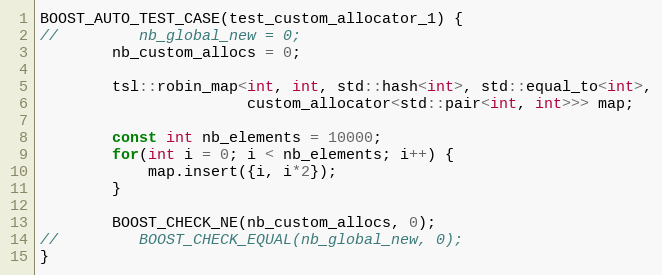
Language: C++
BOOST_AUTO_TEST_CASE(test_custom_allocator_1) {
//         nb_global_new = 0;
        nb_custom_allocs = 0;

        tsl::robin_map<int, int, std::hash<int>, std::equal_to<int>,
                       custom_allocator<std::pair<int, int>>> map;

        const int nb_elements = 10000;
        for(int i = 0; i < nb_elements; i++) {
            map.insert({i, i*2});
        }

        BOOST_CHECK_NE(nb_custom_allocs, 0);
//         BOOST_CHECK_EQUAL(nb_global_new, 0);
}